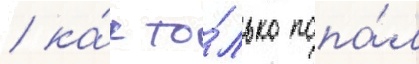
/ ка́к то́лько попа́л